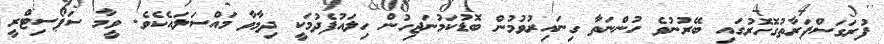
ފުރަގަސްފަރާތުގޮހޮރުގައި ބޭރުނުވެ ހުންނަތާ ގިނައިރުވުމުން ބޮޑުކަމުނަޖިހުން ހިލައުފެދުމަކީ ދިމާވާ މައްސަލައެކެވެ. ވީމާ ސަޕޯސިޓްރީ